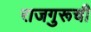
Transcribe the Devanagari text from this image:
राजगुरूची